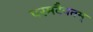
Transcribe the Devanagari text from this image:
परमदैवतम्